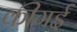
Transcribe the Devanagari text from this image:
कीगई